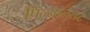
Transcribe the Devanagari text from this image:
पिल्यानंतर